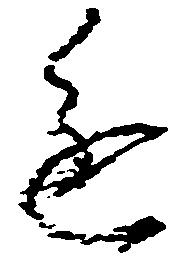
進